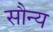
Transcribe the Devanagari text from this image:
सौन्य